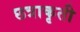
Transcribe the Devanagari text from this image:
छत्राकृती